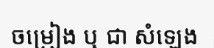
ចម្រៀង ឬ ជា សំឡេង